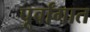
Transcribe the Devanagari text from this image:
पूर्वांगात